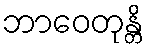
ဘာဝေတုန္တိ